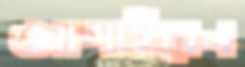
আগাইবেন